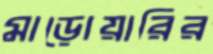
মাড়োয়ারির